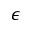
\epsilon